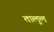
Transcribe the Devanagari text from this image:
तालुल